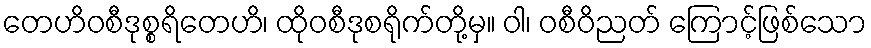
တေဟိဝစီဒုစ္စရိတေဟိ၊ ထိုဝစီဒုစရိုက်တို့မှ။ ဝါ၊ ဝစီဝိညတ် ကြောင့်ဖြစ်သော